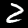
Label: 2